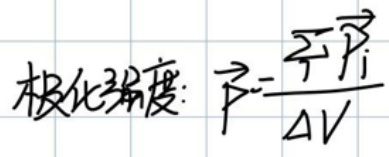
极化强度：\(\vec{P}=\frac{\sum \vec{p}_{i}}{\Delta V}\)